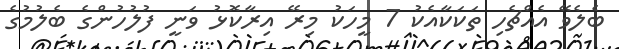
ބެލެވޭ އެއްޗެހި ތަކަކާއެކު 7 މީހަކު މިރޭ އިރާކޮޅު ވަނީ ފުލުހުންގެ ބެލުމުގެ